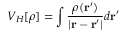
V _ { H } [ \rho ] = \int \frac { \rho ( \mathbf { r } ^ { \prime } ) } { | \mathbf { r } - \mathbf { r } ^ { \prime } | } d \mathbf { r } ^ { \prime }